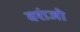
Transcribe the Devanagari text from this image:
वशंजो